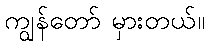
ကျွန်တော် မှားတယ်။